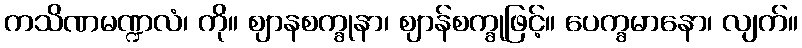
ကသိဏမဏ္ဍလံ၊ ကို။ ဈာနစက္ခုနာ၊ ဈာန်စက္ခုဖြင့်။ ပေက္ခမာနော၊ လျက်။